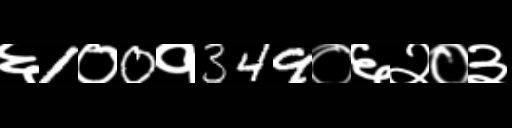
Text: ६1०0१349०६२०३